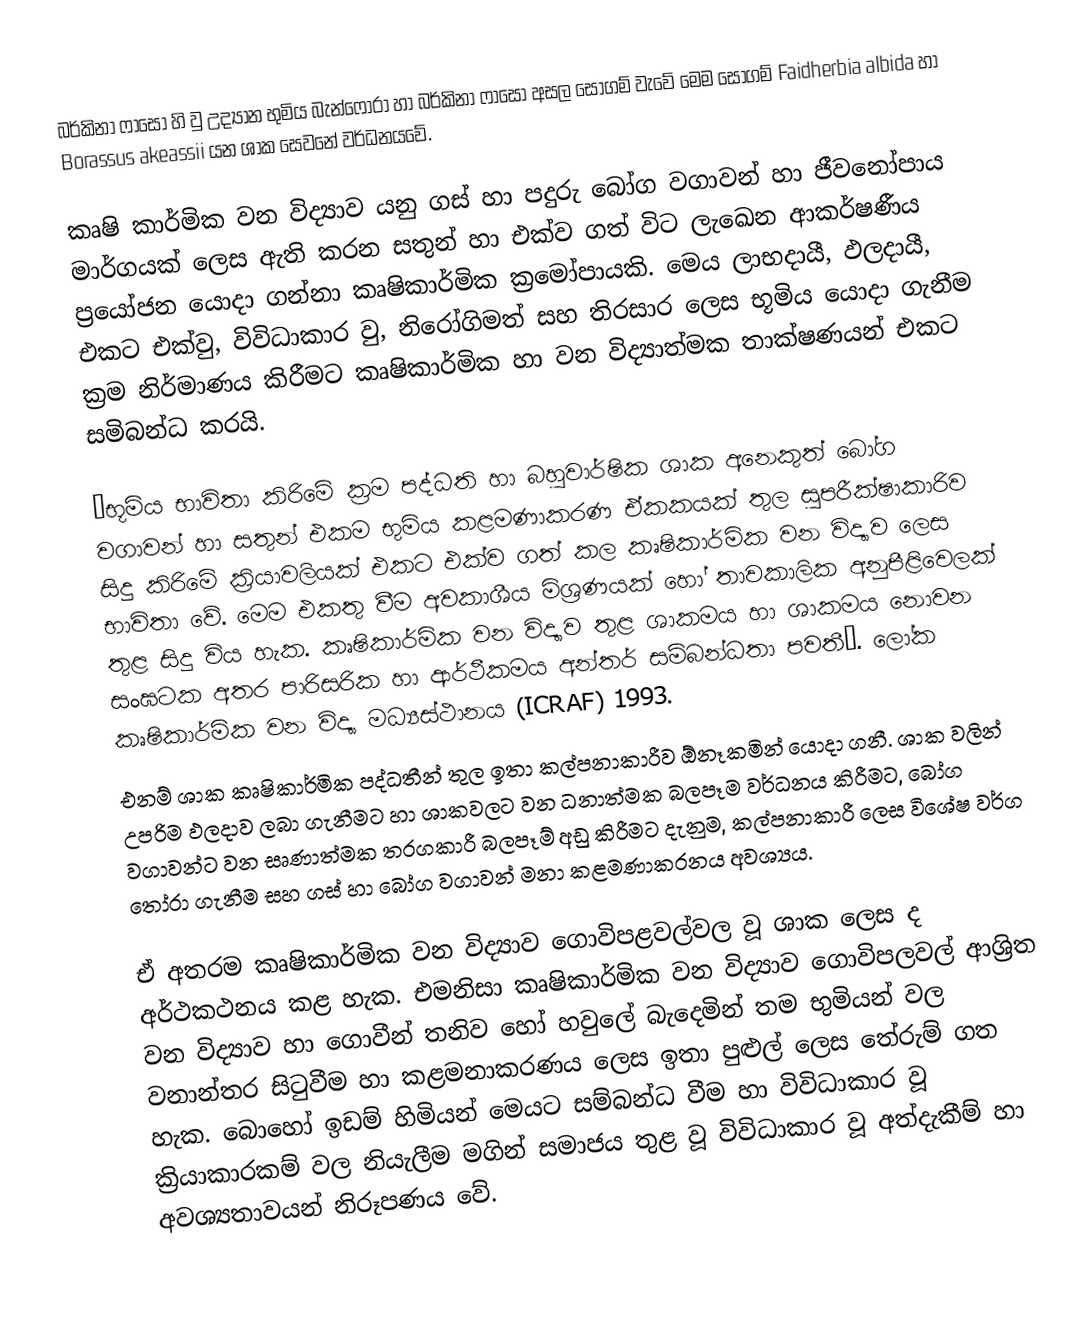
බර්කිනා ‍ෆාසෝ හි වු උද්‍යාන භුමිය බැන්ෆෝරා හා බර්කිනා ෆාසෝ අසල සෝගම් වැවේ මෙ‍ම සෝගම් Faidherbia albida හා Borassus akeassii යන ශාක සෙවනේ වර්ධනයවේ.

කෘෂි කාර්මික වන විද්‍යාව යනු ගස් හා පදුරු බෝග වගාවන් හා ජීවනෝපාය මාර්ගයක් ලෙස ඇති කරන සතුන් හා එක්ව ගත් විට ලැඛෙන ආකර්ෂණීය ප්‍රයෝජන යොදා ගන්නා කෘෂිකාර්මික ක්‍රමෝපායකි. මෙය ලාභදායී, ඵලදායී, එකට එක්වු, විවිධාකාර වු, නිරෝගිමත් සහ තිරසාර ලෙස භූමිය යොදා ගැනීම ක්‍රම නිර්මාණය කිරීමට කෘෂිකාර්මික හා වන විද්‍යාත්මක තාක්ෂණයන් එකට සමිබන්ධ කරයි.

“භූමිය භාවිතා කිරිමේ ක්‍රම පද්ධති හා බහුවාර්ෂික ශාක අනෙකුත් බෝග වගාවන් හා සතුන් එකම භුමිය කළමණාකරණ ඒකකයක් තුල සුපරීක්ෂාකාරිව සිදු කිරිමේ ක්‍රියාවලියක් එකට එක්ව ගත් කල කෘෂිකාර්මික වන විද්‍යාව ලෙස භාවිතා වේ. මෙම එකතු වීම අවකාශීය මිශ්‍රණයක් හෝ තාවකාලික අනුපීළිවෙලක් තුළ සිදු විය හැක. කෘෂිකාර්මික වන විද්‍යාව තුළ ශාකමය හා ශාකමය නොවන සංඝටක අතර පාරිසරික හා ආර්ථීකමය අන්තර් සම්බන්ධතා පවතී”. ලෝක කෘෂිකාර්මික වන විද්‍යා මධ්‍යස්ථානය (ICRAF) 1993.
එනම් ශාක කෘෂිකාර්මික පද්ධතීන් තුල ඉතා කල්පනාකාරීව ඕනෑකමින් යොදා ගනී. ශාක වලින් උපරිම ඵලදාව ලබා ගැනීමට හා ශාකවලට වන ධනාත්මක බලපෑම වර්ධනය කිරීමට, බෝග වගාවන්ට වන සෘණාත්මක තරගකාරී බලපෑම් අඩු කිරීමට දැනුම, කල්පනාකාරී ලෙස විශේෂ වර්ග තෝරා ගැනීම සහ ගස් හා බෝග වගාවන් මනා කළමණාකරනය අවශ්‍යය.

ඒ අතරම කෘෂිකාර්මික වන විද්‍යාව ගොවිපළවල්වල වූ ශාක ලෙස ද අර්ථකථනය කළ හැක. එමනිසා කෘෂිකාර්මික වන විද්‍යාව ගොවිපලවල් ආශ්‍රිත වන විද්‍යාව හා ගොවීන් තනිව හෝ හවුලේ බැදෙමින් තම භුමියන් වල වනාන්තර සිටුවීම හා කළමනාකරණය ලෙස ඉතා පුළුල් ලෙස තේරුම් ගත හැක. බොහෝ ඉඩම් හිමියන් මෙයට සම්බන්ධ වීම හා විවිධාකාර වූ ක්‍රියාකාරකම් වල නියැලීම මගින් සමාජය තුළ වූ විවිධාකාර වූ අත්දැකීම් හා අවශ්‍යතාවයන් නිරූපණය වේ.